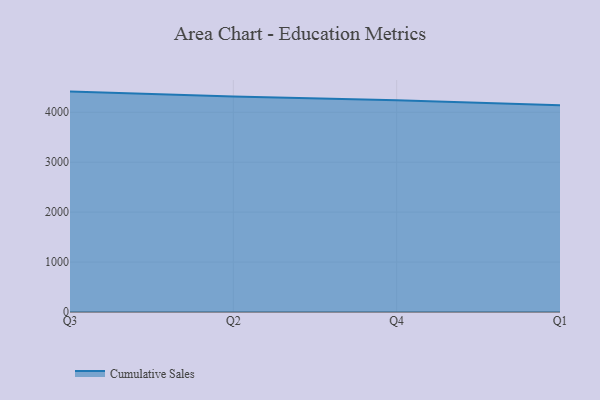
{"axis": {"x": "Quarter", "y": "Active Users"}, "legend": ["Cumulative Sales"], "data": [{"x": "Q3", "y": 4414.2, "type": "Cumulative Sales"}, {"x": "Q2", "y": 4316.7, "type": "Cumulative Sales"}, {"x": "Q4", "y": 4240.8, "type": "Cumulative Sales"}, {"x": "Q1", "y": 4140.8, "type": "Cumulative Sales"}]}